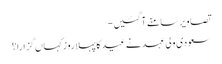
تصاویر سامنے آگئیں -
سعودی ولی عہد نے عید کا پہلا روز کہاں گزارا؟